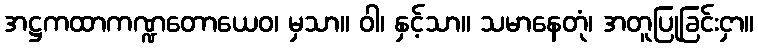
အဋ္ဌကထာကဏ္ဍတောယေဝ၊ မှသာ။ ဝါ၊ နှင့်သာ။ သမာနေတုံ၊ အတူပြုခြင်းငှာ။